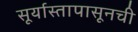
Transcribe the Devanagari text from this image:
सूर्यास्तापासूनची